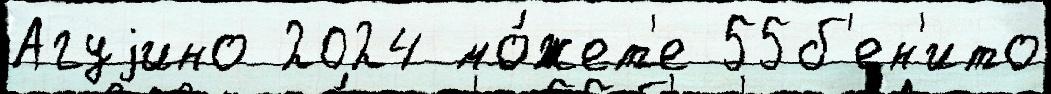
Агуjино 2024 мо́жет'е 55б'ен'ито